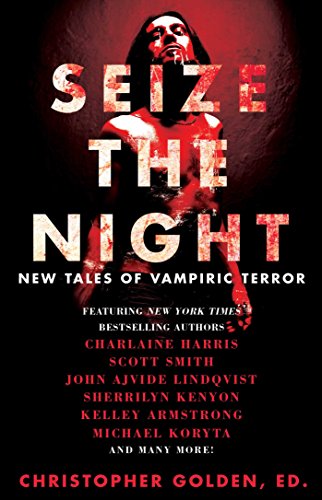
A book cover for Seize the Night: New Tales of Vampiric Terror; Kelley Armstrong; Science Fiction & Fantasy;